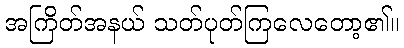
အကြိတ်အနယ် သတ်ပုတ်ကြလေတော့၏။